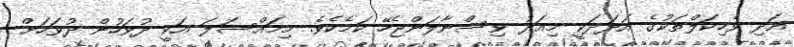
އަދި ވެހިކަލްތަކުގެ އަދަދަކީ މިއަދު ވިސްނާލަންޖެހޭ ކަމެކެެވެ. މިމައްސަލަ އަކީ ދުވަހުން ދުވަހަށް